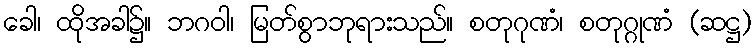
ခေါ၊ ထိုအခါ၌။ ဘဂဝါ၊ မြတ်စွာဘုရားသည်။ စတုဂုဏံ၊ စတုဂ္ဂုဏံ (ဆဋ္ဌ)